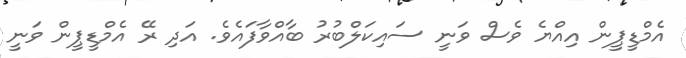
އެމްޑީޕީން އިއްޔެ ވެސް ވަނީ ސައިކަލްބުރު ބާއްވާފައެވެ. އަދި ރޭ އެމްޑީޕީން ވަނީ